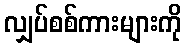
လျှပ်စစ်ကားများကို